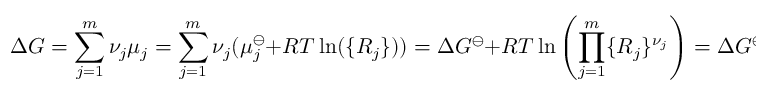
\Delta G = \sum _ { j = 1 } ^ { m } \nu _ { j } \mu _ { j } = \sum _ { j = 1 } ^ { m } \nu _ { j } ( \mu _ { j } ^ { \ominus } + R T \ln ( \{ R _ { j } \} ) ) = \Delta G ^ { \ominus } + R T \ln \left( \prod _ { j = 1 } ^ { m } \{ R _ { j } \} ^ { \nu _ { j } } \right) = \Delta G ^ { \ominus } + R T \ln ( K _ { c } )